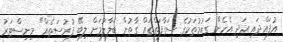
އުފައްދައި އަދި އެހެން ގައުމުތަކުގެ ސަގާފަތްތައް ގާތުން ބަލާލުމަށް ލިބޭ ފުރުސަތެއް" މިނިސްޓަރު